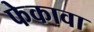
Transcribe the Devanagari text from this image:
फेकावा